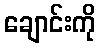
ချောင်းကို